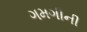
ગમગીની